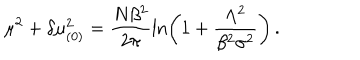
LaTeX: \mu ^ { 2 } + \delta \mu _ { ( 0 ) } ^ { 2 } = \frac { N \beta ^ { 2 } } { 2 \pi } \ln \left( 1 + \frac { \Lambda ^ { 2 } } { \beta ^ { 2 } \sigma ^ { 2 } } \right) \, .